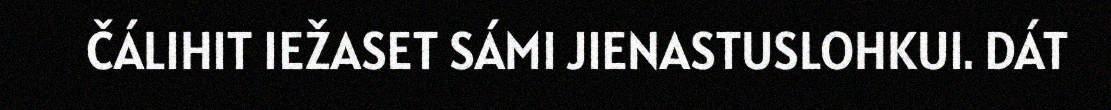
ČÁLIHIT IEŽASET SÁMI JIENASTUSLOHKUI. DÁT